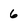
Character: 6